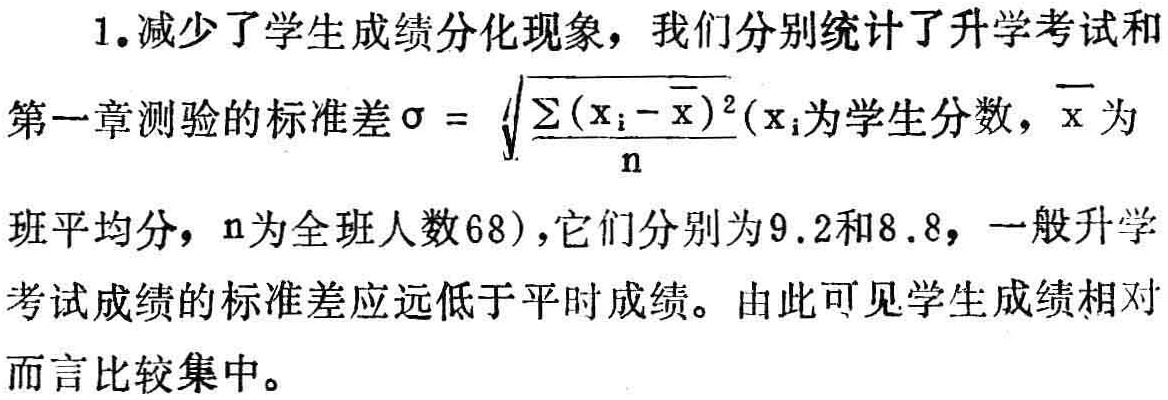
1.减少了学生成绩分化现象，我们分别统计了升学考试和

第一章测验的标准差\(\sigma = \sqrt{\frac{\sum(\mathrm{x}_{\mathrm{i}}-\overline{\mathrm{x}})^{2}}{\mathrm{n}}}(\mathrm{x}_{\mathrm{i}}\)为学生分数，\(\overline{\mathrm{x}}\)为

班平均分，\(\mathrm{n}\)为全班人数\(68)\)，它们分别为\(9.2\)和\(8.8\)，一般升学

考试成绩的标准差应远低于平时成绩。由此可见学生成绩相对

而言比较集中。